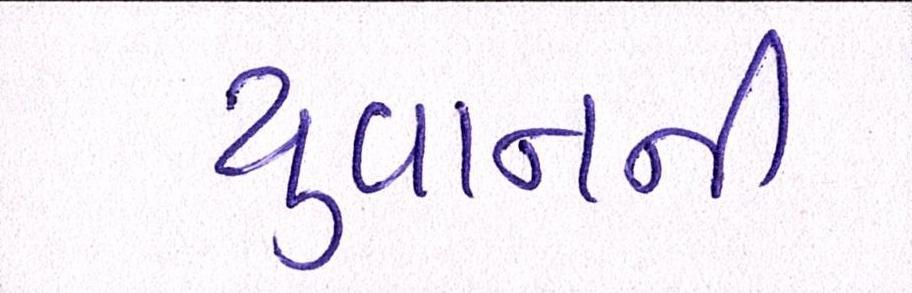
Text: યુવાનની